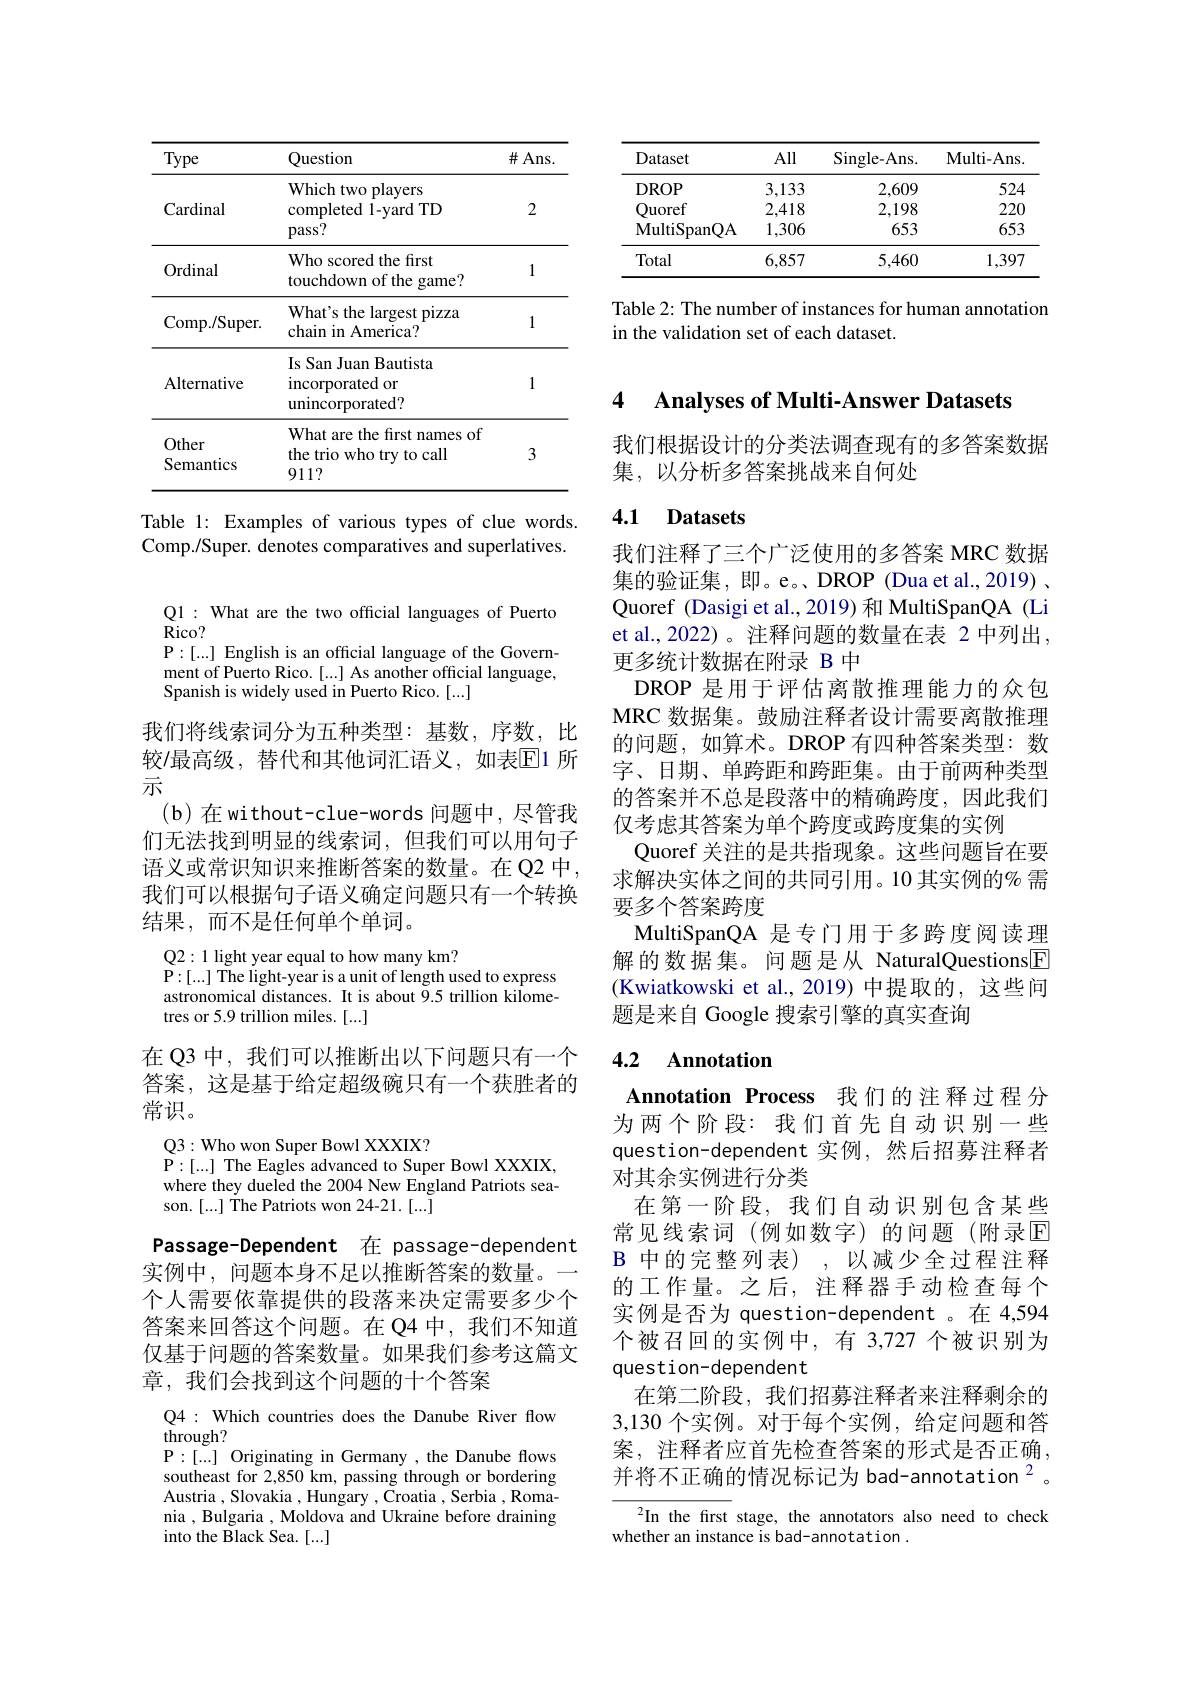
<table>
	<tbody>
		<tr>
			<th>Type</th>
			<th>Question</th>
			<th>$\#$Ans.</th>
		</tr>
		<tr>
			<td>Cardinal</td>
			<td>Which two players completed 1- yard TD $pass?$</td>
			<td>2</td>
		</tr>
		<tr>
			<td>Ordinal</td>
			<td>Who scored the first touchdown of the game?</td>
			<td>1</td>
		</tr>
		<tr>
			<td>Comp. / Super. </td>
			<td>What's the largest pizza chain in America?</td>
			<td>1</td>
		</tr>
		<tr>
			<td>Alternative</td>
			<td>Is San Juan Bautista incorporated or unincorporated?</td>
			<td>1</td>
		</tr>
		<tr>
			<td>Other Semantics</td>
			<td>What are the first names of the trio who try to call 911?</td>
			<td>3</td>
		</tr>
	</tbody>
</table>

Table 1: Examples of various types of clue words. Comp./Super. denotes comparatives and superlatives.

Q1: What are the two official languages of Puerto
Rico?
P:[...] English is an official language of the Government of Puerto Rico.[...] As another official language, Spanish is widely used in Puerto Rico. [...]

我们将线索词分为五种类型：基数，序数，比较/最高级，替代和其他词汇语义，如表$\mathbb{E}1$ 所示
(b)在without-clue-words 问题中，尽管我们无法找到明显的线索词，但我们可以用句子语义或常识知识来推断答案的数量。在 Q2 中， 我们可以根据句子语义确定问题只有一个转换结果，而不是任何单个单词。

Q2: 1 light year equal to how many km?

P:[...] The light-year is a unit of length used to express

astronomical distances. It is about 9.5 trillion kilome-

tres or 5.9 trillion miles. [...]

在 Q3 中，我们可以推断出以下问题只有一个答案，这是基于给定超级碗只有一个获胜者的常识。

Q3: Who won Super Bowl XXXIX?
P: [ . . . ] The Eagles advanced to Super Bowl XXXIX, where they dueled the 2004 New England Patriots season.[...] The Patriots won 24-21.[...]

Passage- Dependent 在 passage- dependent 实例中，问题本身不足以推断答案的数量。一个人需要依靠提供的段落来决定需要多少个答案来回答这个问题。在 Q4 中，我们不知道仅基于问题的答案数量。如果我们参考这篇文章，我们会找到这个问题的十个答案

Q4: Which countries does the Danube River flow
through?
P:[...] Originating in Germany , the Danube flows southeast for 2,850 km, passing through or bordering Austria , Slovakia ,Hungary , Croatia , Serbia , Romania , Bulgaria , Moldova and Ukraine before draining into the Black Sea. [...]

<table>
	<tbody>
		<tr>
			<th>Dataset</th>
			<th>All</th>
			<th>$\operatorname{Single-Ans.}$</th>
			<th>Multi- Ans</th>
		</tr>
		<tr>
			<td>DROP</td>
			<td>3,133</td>
			<td>2,609</td>
			<td>524</td>
		</tr>
		<tr>
			<td>Ouoref</td>
			<td>2,418</td>
			<td>2,198</td>
			<td>220</td>
		</tr>
		<tr>
			<td>${\mathrm{MultiSpanQA}}$</td>
			<td>1,306</td>
			<td>653</td>
			<td>653</td>
		</tr>
		<tr>
			<td>Total</td>
			<td>6,857</td>
			<td>5,460</td>
			<td>1,397</td>
		</tr>
	</tbody>
</table>

Table 2: The number of instances for human annotation
in the validation set of each dataset.

4 $\textbf{Analvses of Multi- Answer Datasets}$

我们根据设计的分类法调查现有的多答案数据
集，以分析多答案挑战来自何处

# 4.1 Datasets

我们注释了三个广泛使用的多答案 MRC 数据集的验证集，即。e。DROP (Dua et al.,2019) , Quoref (Dasigi et al., 2019) 和 MultiSpanQA (Li et al., 2022)。注释问题的数量在表 2 中列出， 更多统计数据在附录 B 中
DROP 是用于评估离散推理能力的众包MRC 数据集。鼓励注释者设计需要离散推理的问题，如算术。DROP 有四种答案类型：数字、日期、单跨距和跨距集。由于前两种类型的答案并不总是段落中的精确跨度，因此我们仅考虑其答案为单个跨度或跨度集的实例
Quoref 关注的是共指现象。这些问题旨在要求解决实体之间的共同引用。10 其实例的% 需要多个答案跨度
MultiSpanQA 是专门用于多跨度阅读理解的数据集。问题是从 NaturalQuestions$\underline{\mathrm{F}}$ (Kwiatkowski et al.,2019) 中提取的，这些问题， 题是来自 Google 搜索引擎的真实查询

### 4.2 Annotatior

Annotation Process 我们的注释过程分为两个阶段：我们首先自动识别一些question-dependent 实例，然后招募注释者对其余实例进行分类
在第一阶段，我们自动识别包含某些常见线索词(例如数字)的问题(附录回B 中的完整列表),以减少全过程注释的工作量。之后，注释器手动检查每个实例是否为 question-dependent 。在 4,594个被召回的实例中，有 3,727 个被识别为question-dependent
在第二阶段，我们招募注释者来注释剩余的3,130个实例。对于每个实例，给定问题和答案，注释者应首先检查答案的形式是否正确并将不正确的情况标记为 bad-annotation$^{2}$。

In the first stage, the annotators also need to check
whether an instance is bad-annotation .